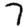
Digit: 7